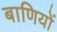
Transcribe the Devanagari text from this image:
बाणियों